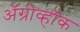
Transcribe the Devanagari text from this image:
ॲग्रोव्हॉक